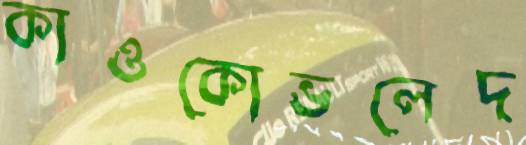
কাওকোভলেদ